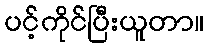
ပင့်ကိုင်ပြီးယူတာ။